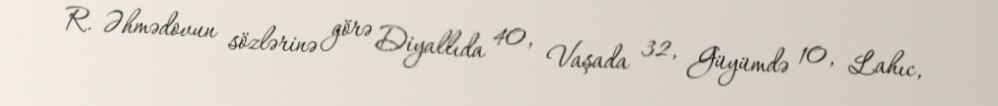
R. Əhmədovun sözlərinə görə Diyallıda 40, Vaşada 32, Güyümdə 10, Lahıc,